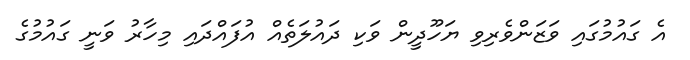
އެ ގައުމުގައި ވަޒަންވެރިވި ޔަހޫދީން ވަކި ދައުލަތެއް އުފައްދައި މިހާރު ވަނީ ގައުމުގެ